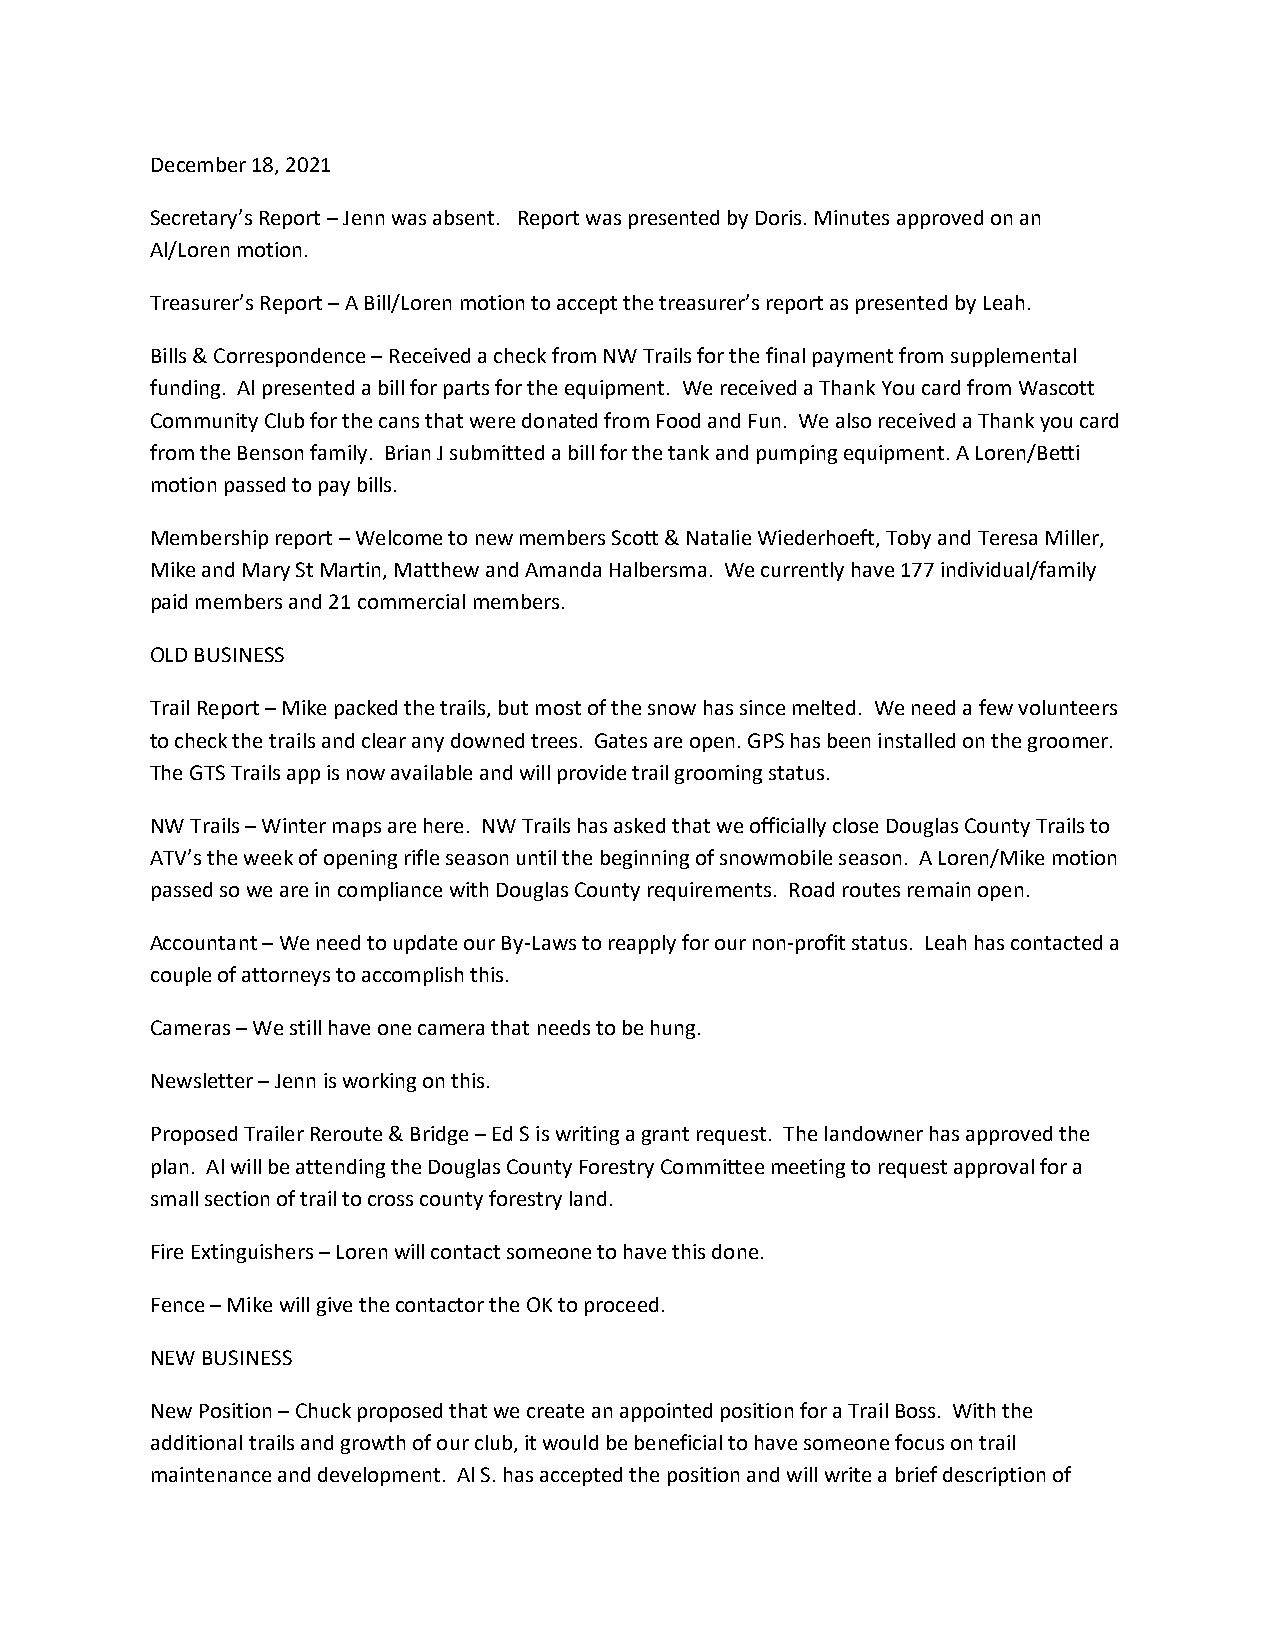
December 18, 2021
 Secretary’s Report – Jenn was absent. Report was presented by Doris. Minutes approved on an
 Al/Loren motion.
 Treasurer’s Report – A Bill/Loren motion to accept the treasurer’s report as presented by Leah.
 Bills & Correspondence – Received a check from NW Trails for the final payment from supplemental
 funding. Al presented a bill for parts for the equipment. We received a Thank You card from Wascott
 Community Club for the cans that were donated from Food and Fun. We also received a Thank you card
 from the Benson family. Brian J submitted a bill for the tank and pumping equipment. A Loren/Betti
 motion passed to pay bills.
 Membership report – Welcome to new members Scott & Natalie Wiederhoeft, Toby and Teresa Miller,
 Mike and Mary St Martin, Matthew and Amanda Halbersma. We currently have 177 individual/family
 paid members and 21 commercial members.
 OLD BUSINESS
 Trail Report – Mike packed the trails, but most of the snow has since melted. We need a few volunteers
 to check the trails and clear any downed trees. Gates are open. GPS has been installed on the groomer.
 The GTS Trails app is now available and will provide trail grooming status.
 NW Trails – Winter maps are here. NW Trails has asked that we officially close Douglas County Trails to
 ATV’s the week of opening rifle season until the beginning of snowmobile season. A Loren/Mike motion
 passed so we are in compliance with Douglas County requirements. Road routes remain open.
 Accountant – We need to update our By-Laws to reapply for our non-profit status. Leah has contacted a
 couple of attorneys to accomplish this.
 Cameras – We still have one camera that needs to be hung.
 Newsletter – Jenn is working on this.
 Proposed Trailer Reroute & Bridge – Ed S is writing a grant request. The landowner has approved the
 plan. Al will be attending the Douglas County Forestry Committee meeting to request approval for a
 small section of trail to cross county forestry land.
 Fire Extinguishers – Loren will contact someone to have this done.
 Fence – Mike will give the contactor the OK to proceed.
 NEW BUSINESS
 New Position – Chuck proposed that we create an appointed position for a Trail Boss. With the
 additional trails and growth of our club, it would be beneficial to have someone focus on trail
 maintenance and development. Al S. has accepted the position and will write a brief description of